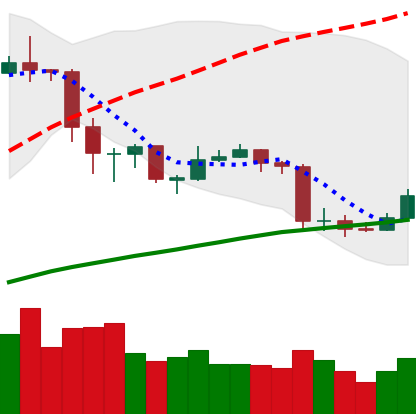
Ticker: ETC-USD
Chart end date: 2020-03-02
Forward return: -6.921%
Label: down_5_7